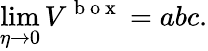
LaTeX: \operatorname*{lim}_{\eta\to 0}V^{\mathrm{~b~o~x~}}=abc.